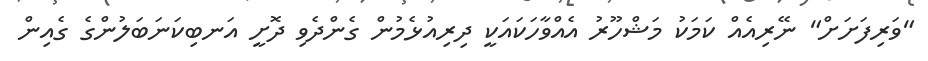
"ވަރިފަށަށް" ނޭރިއެއް ކަމަކު މަޝްހޫރު އެއްވާހަކައަކީ ދިރިއުޅެމުން ގެންދެވި ދޮށީ އަނބިކަނަބަލުންގެ ގެއިން